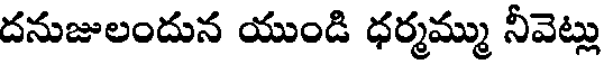
దనుజులందున యుండి ధర్మమ్ము నీవెట్లు